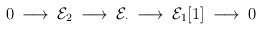
\begin{align*}0 \: \longrightarrow \: {\cal E}_2 \: \longrightarrow \:{\cal E}_{\cdot} \: \longrightarrow \:{\cal E}_1[1] \: \longrightarrow \: 0\end{align*}